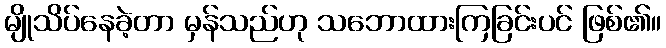
မျိုသိပ်နေခဲ့တာ မှန်သည်ဟု သဘောထားကြခြင်းပင် ဖြစ်၏။